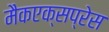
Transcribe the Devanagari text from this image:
मैकएक्सप्रेस